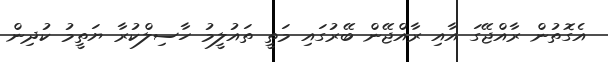
އެގޮތުން ރާއްޖޭގަ އާއި ރާއްޖޭން ބޭރުގައި މަތީ ތައުލީމު ހާސިލްކުރާ ޔަތީމު ކުދިން